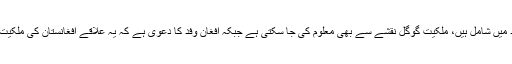
پاکستانی حکام کا کہنا ہے کہ یہ علاقے پاکستانی حدود میں شامل ہیں، ملکیت گوگل نقشے سے بھی معلوم کی جا سکتی ہے جبکہ افغان وفد کا دعویٰ ہے کہ یہ علاقے افغانستان کی ملکیت ہیں، ان کا کنٹرول افغان حکومت کو واپس کیا جائے ۔